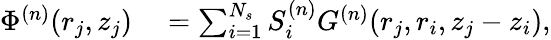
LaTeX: \begin{array}{rl}{\Phi^{(n)}(r_{j},z_{j})}&{{}=\sum_{i=1}^{N_{s}}S_{i}^{(n)}G^{(n)}(r_{j},r_{i},z_{j}-z_{i}),}\end{array}